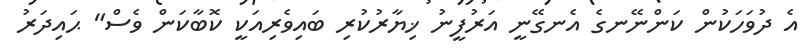
އެ ދުވަހަކުން ކަންނޭނގެ އެނގޭނީ އަރުފީނު ޚިޔާރުކުރި ބައިވެރިއަކީ ކޮބާކަން ވެސް" ޙައިދަރު